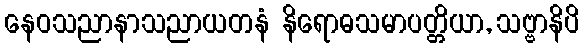
နေဝသညာနာသညာယတနံ နိရောဓသမာပတ္တိယာ, သဗ္ဗာနိပိ